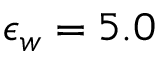
\epsilon _ { w } = 5 . 0